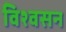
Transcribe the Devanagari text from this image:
विश्वसन